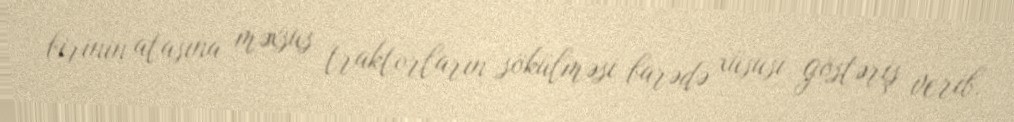
birinin atasına məxsus traktorların sökülməsi barədə xüsusi göstəriş verib.